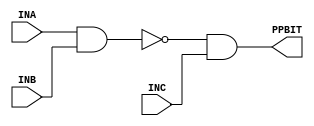
module smr_gate ( INA, INB, INC, PPBIT );
   input  INA;
   input  INB;
   input  INC;
   output PPBIT;
   assign PPBIT = ( ~ (INA & INB)) & INC;
endmodule